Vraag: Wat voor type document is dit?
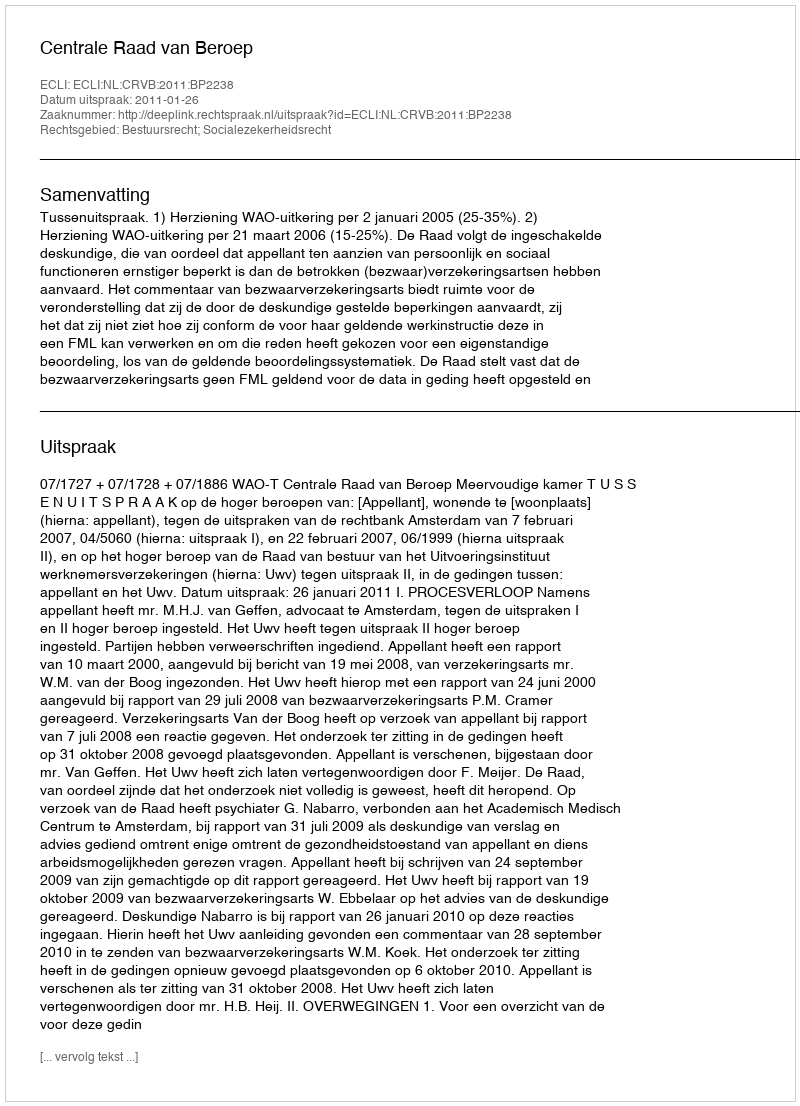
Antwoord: Uitspraak